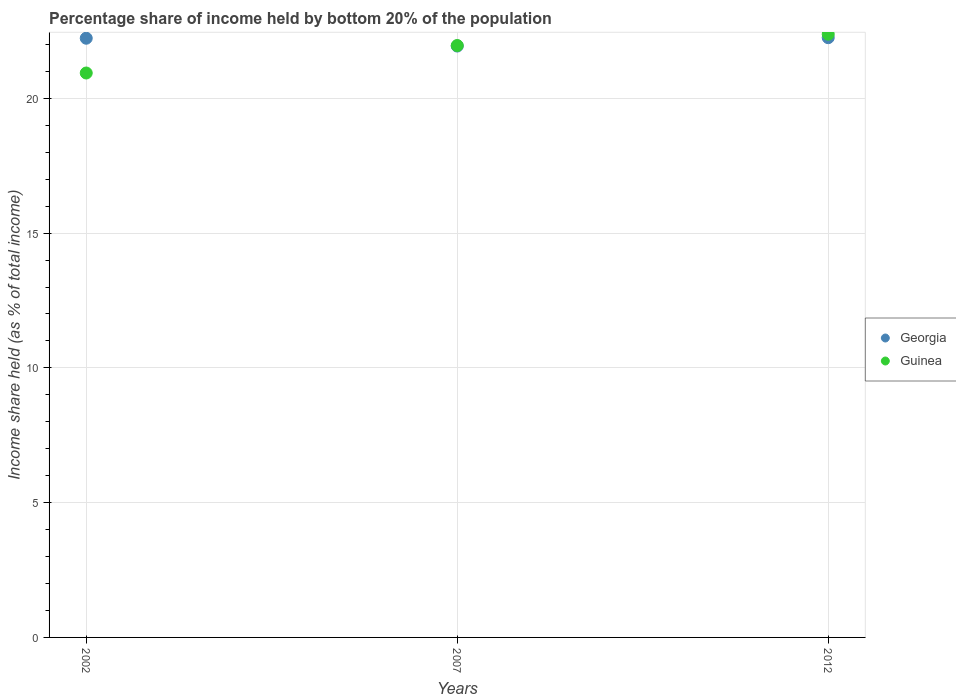
| Years | Georgia | Guinea |
 | --- | --- | --- |
 | 2002 | 22.2 | 20.9 |
 | 2007 | 21.9 | 22 |
 | 2012 | 22.2 | 22.4 |